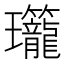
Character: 𬎡